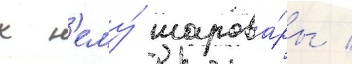
к н'ему́ шарова́ры /